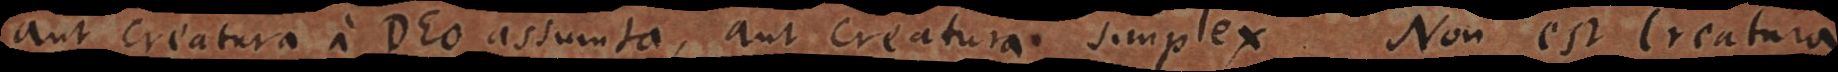
aut creatura a Deo assumta, aut creatura simplex. Non est creatura